Indian Civil Veterinary Department memoirs
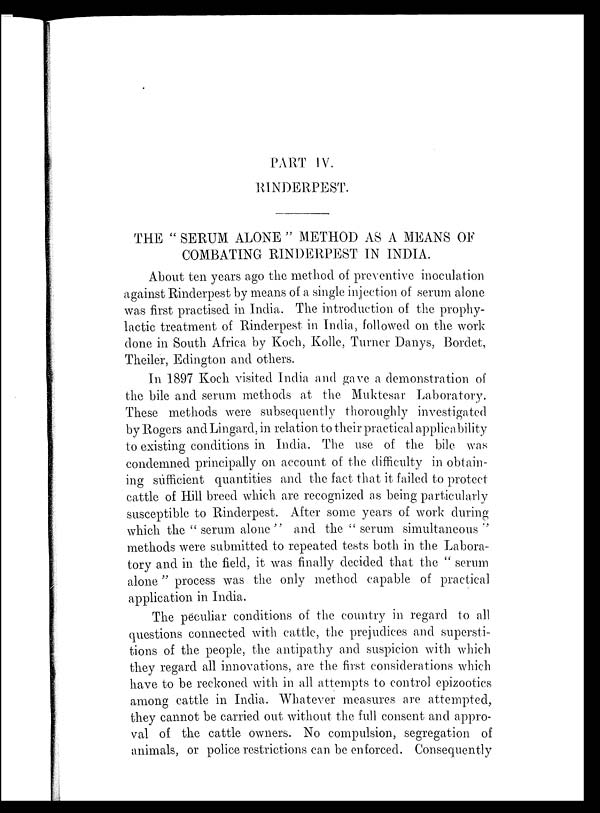
PART IV.
RINDERPEST.
THE " SERUM ALONE " METHOD AS A MEANS OF
COMBATING RINDERPEST IN INDIA.
About ten years ago the method of preventive inoculation
against Rinderpest by means of a single injection of serum alone
was first practised in India. The introduction of the prophy-
lactic treatment of Rinderpest in India, followed on the work
done in South Africa by Koch, Kolle, Turner Danys, Bordet,
Theiler, Edington and others.
In 1897 Koch visited India and gave a demonstration of
the bile and serum methods at the Muktesar Laboratory.
These methods were subsequently thoroughly investigated
by Rogers and Lingard, in relation to their practical applicability
to existing conditions in India. The use of the bile was
condemned principally on account of the difficulty in obtain-
ing sufficient quantities and the fact that it failed to protect
cattle of Hill breed which are recognized as being particularly
susceptible to Rinderpest. After some years of work during
which the " serum alone " and the " serum simultaneous "
methods were submitted to repeated tests both in the Labora-
tory and in the field, it was finally decided that the " serum
alone" process was the only method capable of practical
application in India.
The peculiar conditions of the country in regard to all
questions connected with cattle, the prejudices and supersti-
tions of the people, the antipathy and suspicion with which
they regard all innovations, are the first considerations which
have to be reckoned with in all attempts to control epizootics
among cattle in India. Whatever measures are attempted,
they cannot be carried out without the full consent and appro-
val of the cattle owners. No compulsion, segregation of
animals, or police restrictions can be enforced. Consequently